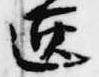
匣